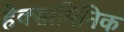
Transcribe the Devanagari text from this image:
हेक्सामिनिक